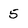
Character: 5